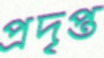
প্রদৃপ্ত